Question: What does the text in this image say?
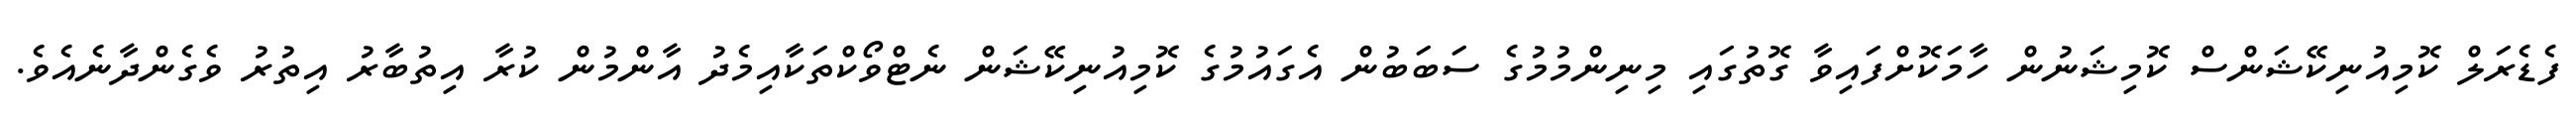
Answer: ފެޑެރަލް ކޮމިއުނިކޭޝަންސް ކޮމިޝަނުން ހާމަކޮށްފައިވާ ގޮތުގައި މިނިންމުމުގެ ސަބަބުން އެގައުމުގެ ކޮމިއުނިކޭޝަން ނެޓްވޯކްތަކާއިމެދު އާންމުން ކުރާ އިތުބާރު އިތުރު ވެގެންދާނެއެވެ.